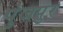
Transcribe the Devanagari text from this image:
पुंजपुर